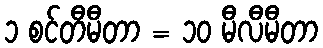
၁ စင်တီမီတာ = ၁၀ မီလီမီတာ